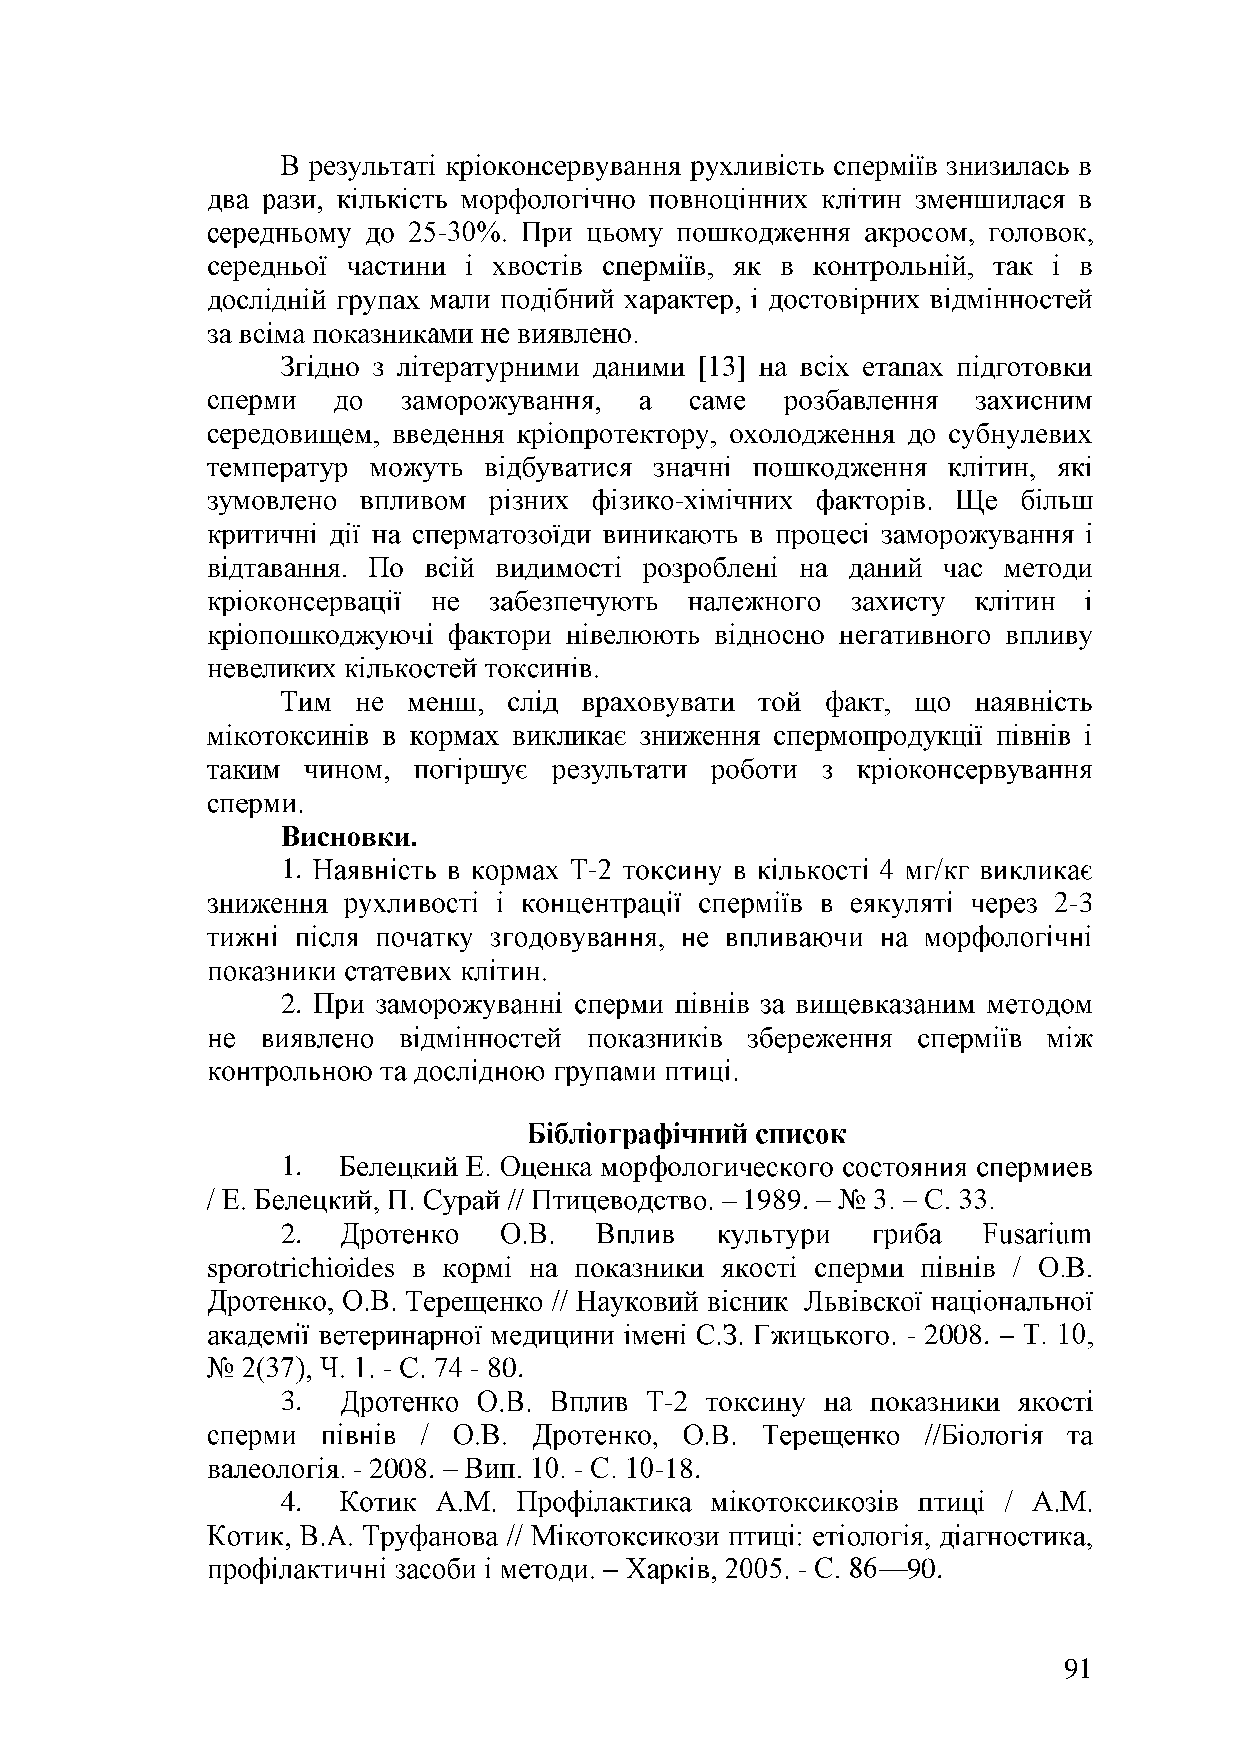
-
 -
 1.                  -
 -3
 2.
 1.
 1989.
 2.
 sporotrichioides
 - 2008.
 -     - 80.
 3.                       -
 - 2008.        -    -18.
 4.
 -      90.
 91